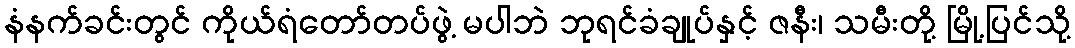
နံနက်ခင်းတွင် ကိုယ်ရံတော်တပ်ဖွဲ့ မပါဘဲ ဘုရင်ခံချုပ်နှင့် ဇနီး၊ သမီးတို့ မြို့ပြင်သို့